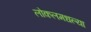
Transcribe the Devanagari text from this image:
लोकलमधल्या